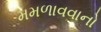
મમળાવવાનો